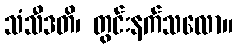
သံသီဒတိ၊ တွင်းနက်သလော။